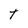
Character: t